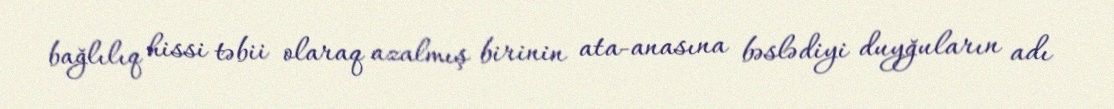
bağlılıq hissi təbii olaraq azalmış birinin ata-anasına bəslədiyi duyğuların adı